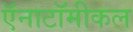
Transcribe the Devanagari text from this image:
ऍनाटॉमीकल